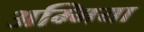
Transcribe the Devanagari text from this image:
अम्मिया